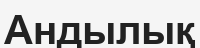
Андылық